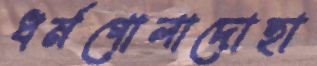
ধর্মগোলাদোহা